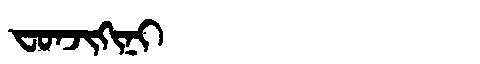
Manchu: ᠸᠣᠨᠵᡳᡴᡳᠨᡳ
Romanization: FONJIKINI